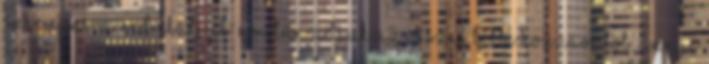
sziruposra redukáljuk. Ezután adjuk az összes többi hozzávalót. Annyi